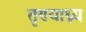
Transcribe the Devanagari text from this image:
तृण्याध्न्य